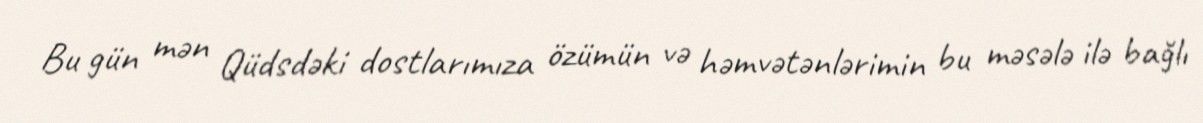
Bu gün mən Qüdsdəki dostlarımıza özümün və həmvətənlərimin bu məsələ ilə bağlı